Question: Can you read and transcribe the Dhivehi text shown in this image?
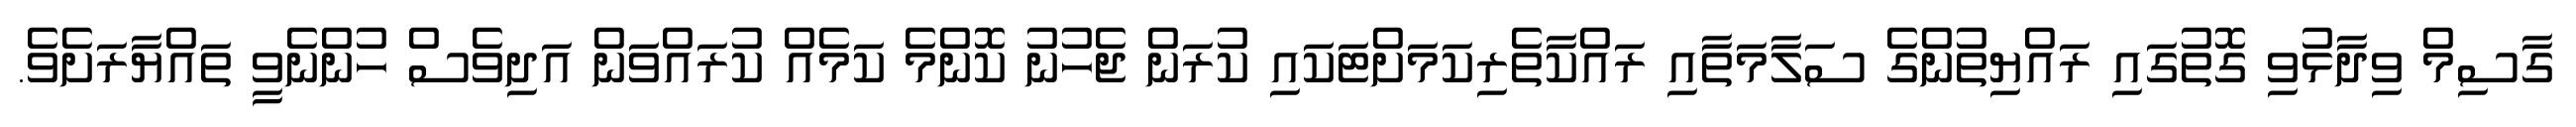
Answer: ގާސިމް ވިދާޅުވި ގޮތުގައި ރައްޔިތުންގެ ސަލާމަތާއި ރައްކާތެރިކަމަށްޓަކައި ކުރަން ޖެހުނު ކޮންމެ ކަމެއް ކުރައްވަން އަދިވެސް ހުންނެވީ ތައްޔާރަށެވެ.